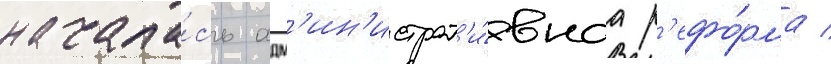
начала́сь адм'ин'истрат'и́внаа р'ефо́рма /